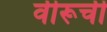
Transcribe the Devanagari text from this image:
वीरूची